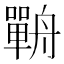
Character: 𦪣